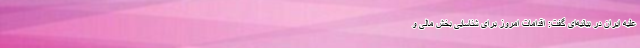
علیه ایران در بیانیه‌ای گفت: اقدامات امروز برای شناسایی بخش مالی و